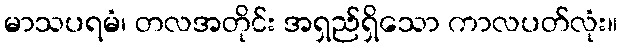
မာသပရမံ၊ တလအတိုင်း အရှည်ရှိသော ကာလပတ်လုံး။